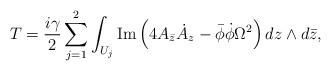
LaTeX: \begin{align*}T=\frac{i\gamma}{2} \sum_{j=1}^{2}\int_{U_{j}} {\rm Im} \left( 4 A_{\bar{z}}\dot{A}_{z}-\bar{\phi} \dot{\phi} \Omega^{2} \right) dz\wedge d\bar{z},\end{align*}